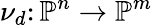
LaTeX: \nu_{d}\colon\mathbb{P}^{n}\to\mathbb{P}^{m}